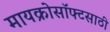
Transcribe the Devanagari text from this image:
मायक्रोसॉफ्टसाठी